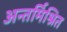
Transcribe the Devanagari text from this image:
अन्तर्मिश्रित